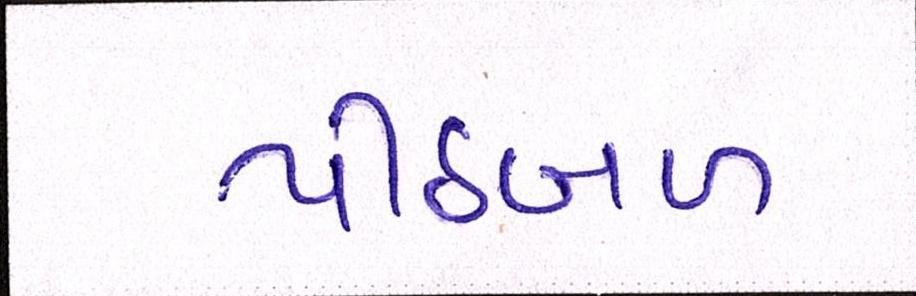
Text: પીઠબળ